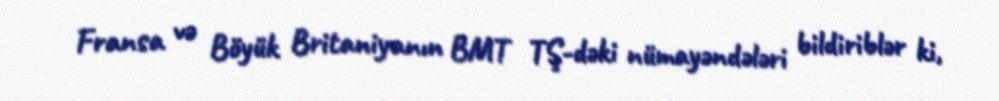
Fransa və Böyük Britaniyanın BMT TŞ-dəki nümayəndələri bildiriblər ki,